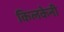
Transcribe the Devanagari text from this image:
किलकेनी